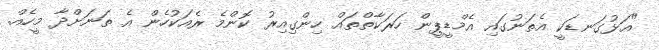
"އަޅުގަނޑަކީ އެތަނުގައި އެމްޑީޕީން ހަރަކާތްތައް ހިންގިއިރު ކޮންމެ ރެއަކުހެން އެ ތަނަށްދާ މީހެއް.